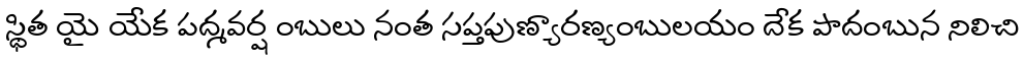
స్థిత యై యేక పద్మవర్ష ంబులు నంత సప్తపుణ్యారణ్యంబులయం దేక పాదంబున నిలిచి